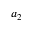
a _ { 2 }